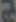
ح